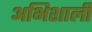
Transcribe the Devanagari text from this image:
अभिशाली